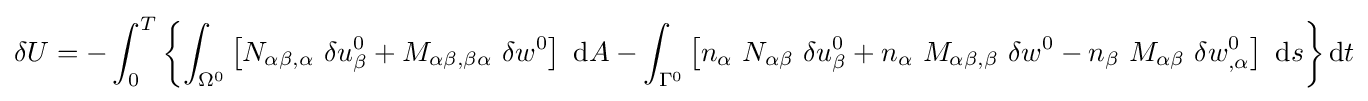
\delta U=-\int _{0}^{T}\left\{\int _{\Omega ^{0}}\left[N_{\alpha \beta ,\alpha }~\delta u_{\beta }^{0}+M_{\alpha \beta ,\beta \alpha }~\delta w^{0}\right]~\mathrm {d} A-\int _{\Gamma ^{0}}\left[n_{\alpha }~N_{\alpha \beta }~\delta u_{\beta }^{0}+n_{\alpha }~M_{\alpha \beta ,\beta }~\delta w^{0}-n_{\beta }~M_{\alpha \beta }~\delta w_{,\alpha }^{0}\right]~\mathrm {d} s\right\}\mathrm {d} t